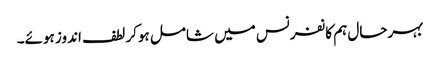
بہرحال ہم کانفرنس میں شامل ہوکر لطف اندوز ہوئے۔